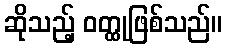
ဆိုသည့် ဝတ္ထုဖြစ်သည်။